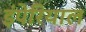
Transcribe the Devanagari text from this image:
इंपेरियाल